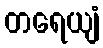
တရေယျံ